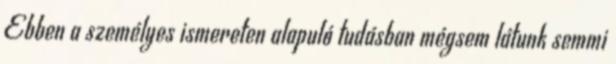
Ebben a személyes ismereten alapuló tudásban mégsem látunk semmi